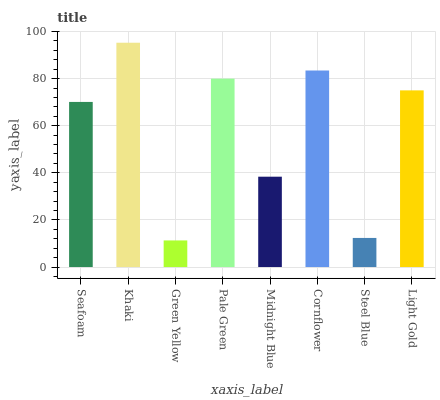
| xaxis_label | bars |
 | --- | --- |
 | Seafoam | 70.1 |
 | Khaki | 95.2 |
 | Green Yellow | 11.3 |
 | Pale Green | 80 |
 | Midnight Blue | 38.4 |
 | Cornflower | 83.4 |
 | Steel Blue | 12.4 |
 | Light Gold | 75 |